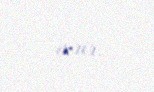
verir.